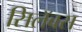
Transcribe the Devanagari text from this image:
सिलॅबस